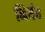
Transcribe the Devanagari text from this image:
निर्यत